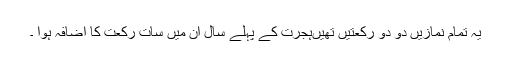
یہ تمام نمازیں دو دو رکعتیں تھیںہجرت کے پہلے سال ان میں سات رکعت کا اضافہ ہوا ۔